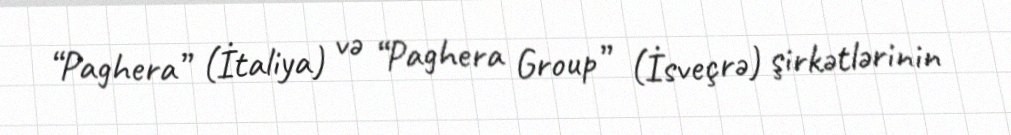
“Paghera” (İtaliya) və “Paghera Group” (İsveçrə) şirkətlərinin